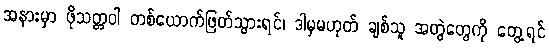
အနားမှာ ဖိုသတ္တဝါ တစ်ယောက်ဖြတ်သွားရင်၊ ဒါမှမဟုတ် ချစ်သူ အတွဲတွေကို တွေ့ရင်